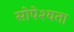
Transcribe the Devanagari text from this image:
सोपेश्यता